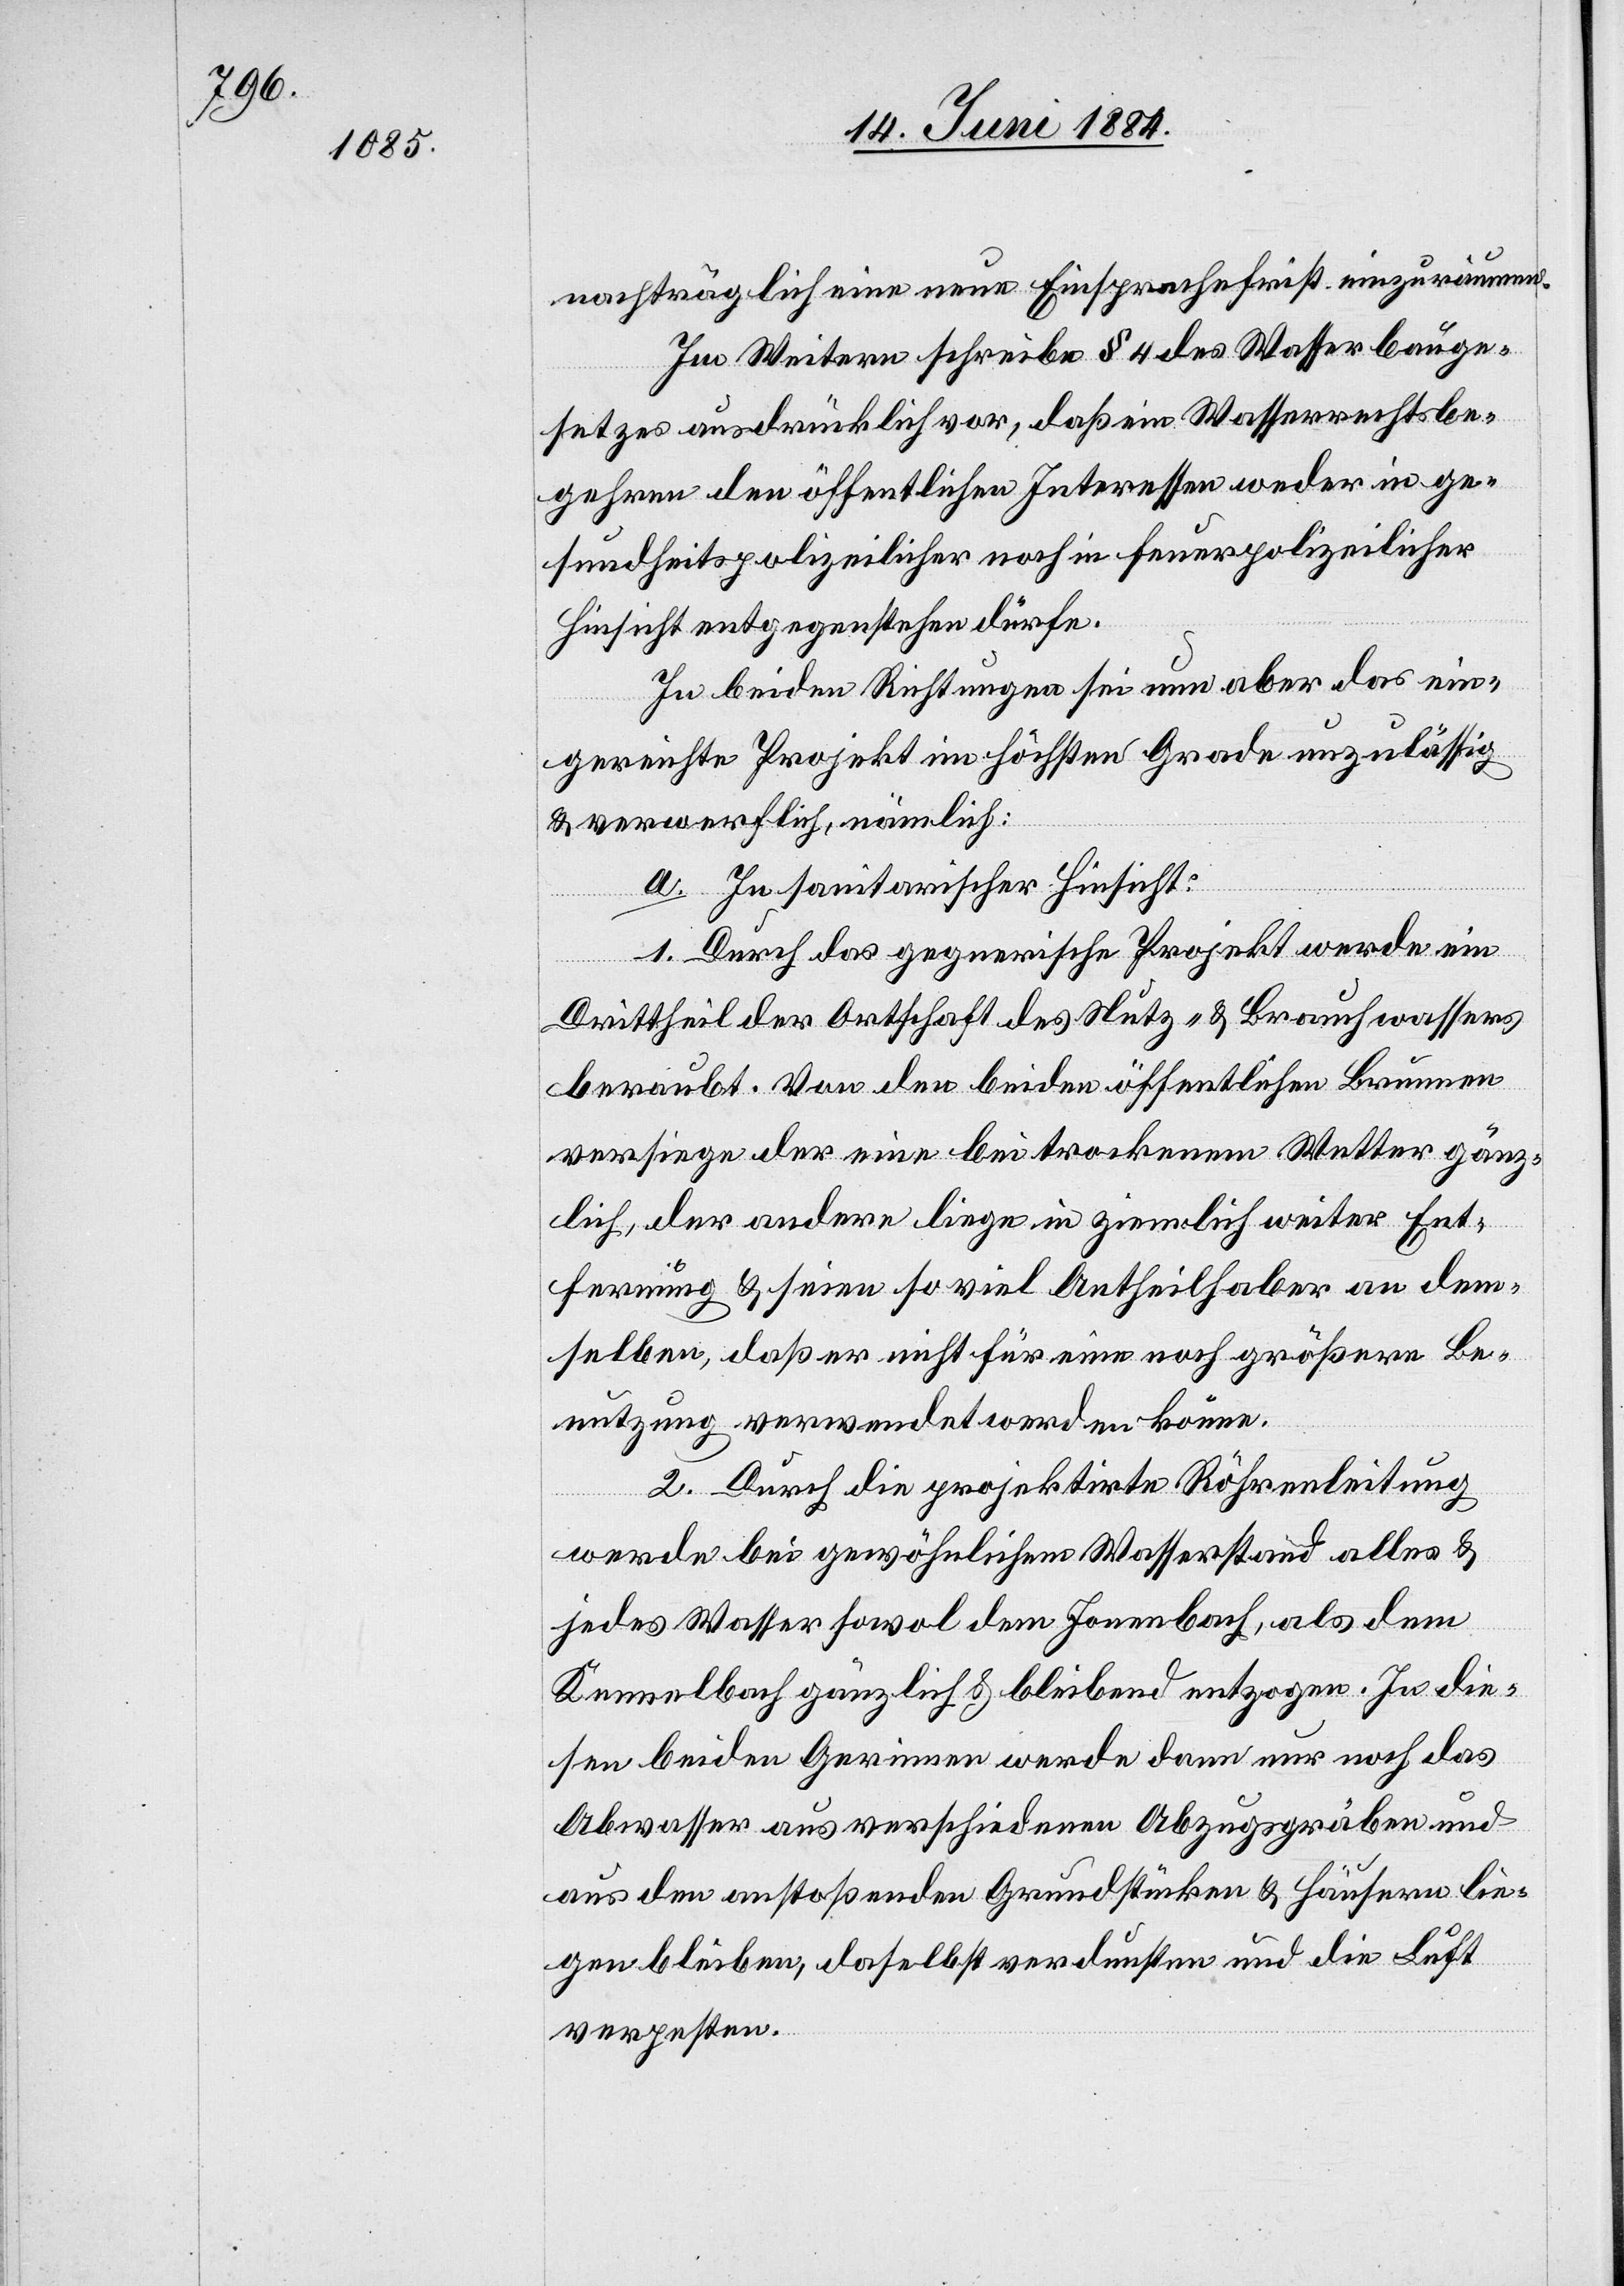
nachträglich eine neue Einsprachefrist einzuräumen.
Im Weitern schreibe § 4 des Wasserbauge¬
setzes ausdrücklich vor, daß ein Wasserrechtsbe¬
gehren den öffentlichen Interessen weder in ge¬
sundheitspolizeilicher noch in feuerpolizeilicher
Hinsicht entgegenstehen dürfe.
In beiden Richtungen sei nun aber das ein¬
gereichte Projekt im höchsten Grade unzulässig
& verwerflich nämlich:
a. In sanitarischer Hinsicht:
1. Durch das gegnerische Projekt werde ein
Drittheil der Ortschaft des Nutz- & Brauchwassers
beraubt. Von den beiden öffentlichen Brunnen
versiege der eine bei trockenem Wetter gänz¬
lich, der andere liege in ziemlich weiter Ent¬
fernung & seien so viel Antheilhaber an dem¬
selben, daß er nicht für eine noch größere Be¬
nutzung verwendet werden könne.
2. Durch die projektirte Röhrenleitung
werde bei gewöhnlichem Wasserstand alles &
jedes Wasser sowol dem Jonenbach, als dem
Kennelbach gänzlich & bleibend entzogen. In die¬
sen beiden Gerinnen werde dann nur noch das
Abwasser aus verschiedenen Abzugsgräben und
aus den anstoßenden Grundstücken & Häusern lie¬
gen bleiben, daselbst verdunsten und die Luft
verpesten.